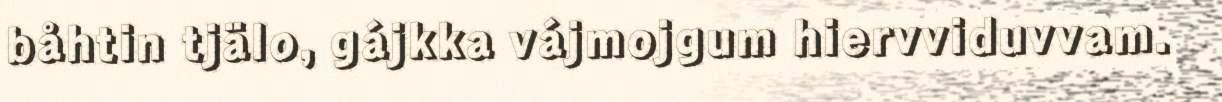
båhtin tjälo, gájkka vájmojgum hiervviduvvam.